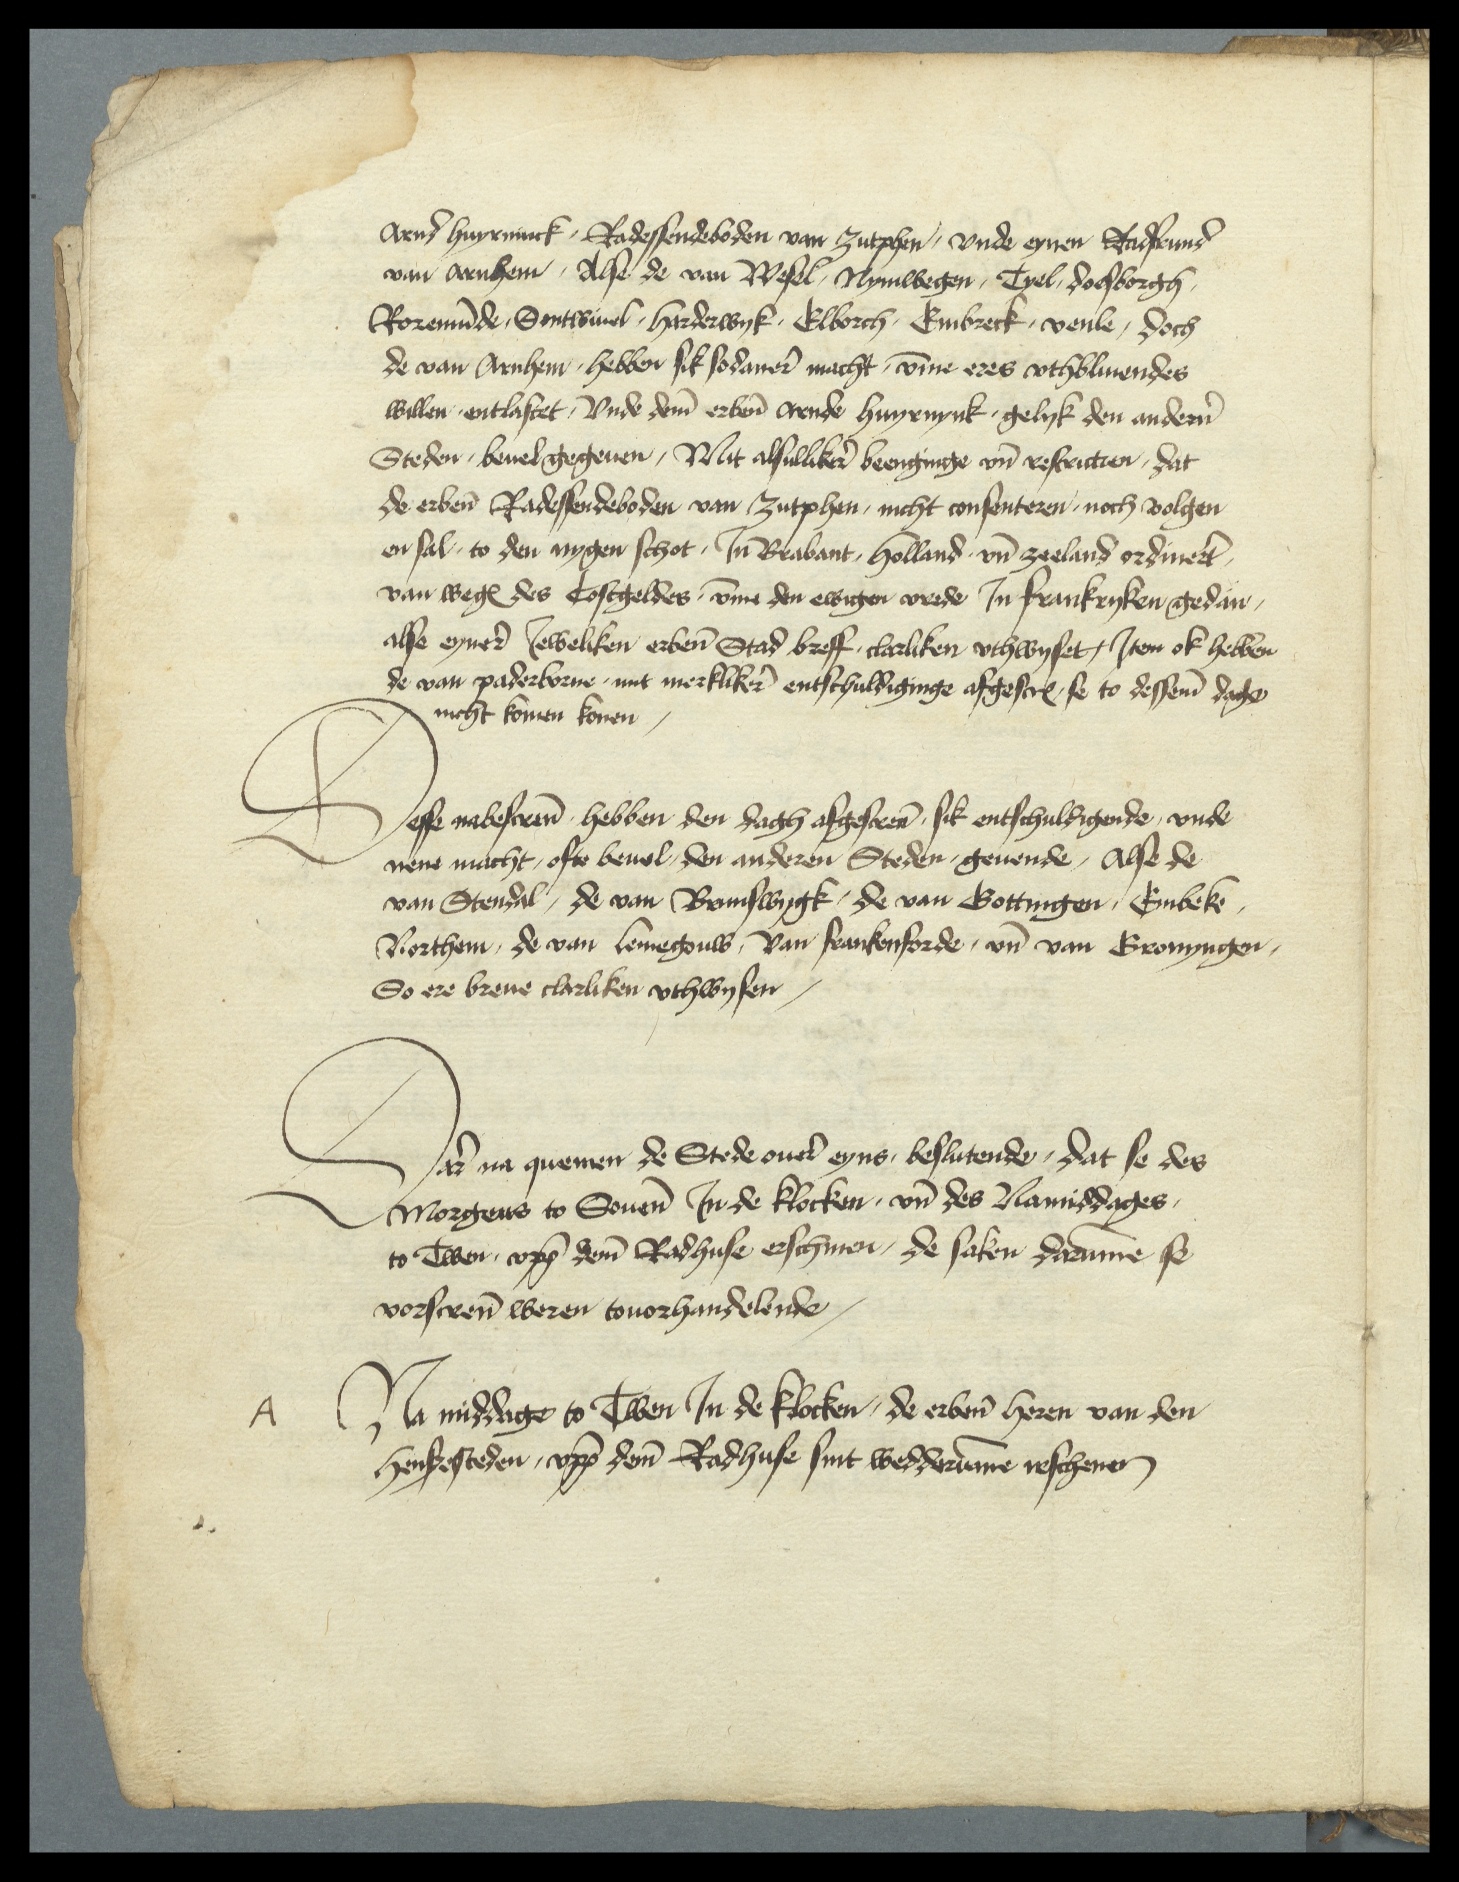
Arnd Huyrninck Radessendeboden van Zutphen, vnde eynen Radfrund
van Arnhem Alse de van Wesel, Nymwegen, Tyel, Doesborgh,
Roremunde, Sontwiuel, Harderwyk, Elborch, Embreck, Venle, doch
de van Arnhem, hebben sik sodaner macht, vmme eres vthbliuendes
willen entlastet, Vnde deme erbenomden Arnde Huyrnynk gelyk den anderen
Steden, beuelgegeuen, Mit alsullikere beenginge vnd restrictien, dat
de erbenomden Radessendeboden van Zutphen, nicht consenteren, noch volgen
en sal to den nygen schot, Jn Brabant, Holland vnd Zeeland ordineret
van wegens des Costgeldes, vmme den ewigen vrede Jn Frankryken gedan
alse eyner Jeweliken erbenomden Stad breff clarliken vthwyset, Jtem ok hebben
de van Paderborne, mit merkliker entschuldiginge afgescreuen se to desseme dage
nicht komen konen

Desse nabescreuen hebben den dagh afgescreuen sik entschuldigende, vnde
nene macht, ofte beuol, den anderen Steden geuende, Alse de
van Stendal, de van Brunswygk, de van Gottingen, Einbeke
Northem, de van Lemegouw, van Frankenforde, vnd van Gronyngen
So ere breue clarliken vthwysen

Dar na quemen de Stede ouere eyns, beslutende, dat se des
Morgens to Souenen Jn de klocken, vnd des Namiddages,
to Twen vppe deme Radhuse erschinen, de saken darumme se
vorscreuen weren touorhandelende

Na middage to Twen Jn de klocken, de erbenomden heren van den
hensesteden, vppe deme Radhuse sint wedderumme irschenen